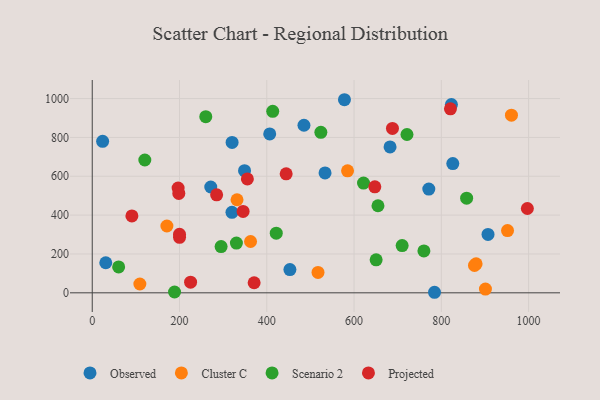
{"axis": {"x": "Price", "y": "Profit"}, "legend": ["Cluster C", "Observed", "Projected", "Scenario 2"], "data": [{"x": "271.6", "y": 544.7, "type": "Observed"}, {"x": "907.0", "y": 300.8, "type": "Observed"}, {"x": "826.3", "y": 665.4, "type": "Observed"}, {"x": "320.2", "y": 414.6, "type": "Observed"}, {"x": "23.8", "y": 780.1, "type": "Observed"}, {"x": "823.1", "y": 969.0, "type": "Observed"}, {"x": "349.0", "y": 628.6, "type": "Observed"}, {"x": "578.0", "y": 994.0, "type": "Observed"}, {"x": "453.0", "y": 119.8, "type": "Observed"}, {"x": "31.0", "y": 154.8, "type": "Observed"}, {"x": "485.2", "y": 862.6, "type": "Observed"}, {"x": "771.3", "y": 533.8, "type": "Observed"}, {"x": "320.5", "y": 774.2, "type": "Observed"}, {"x": "682.5", "y": 750.9, "type": "Observed"}, {"x": "406.7", "y": 817.7, "type": "Observed"}, {"x": "533.5", "y": 617.4, "type": "Observed"}, {"x": "784.4", "y": 2.8, "type": "Observed"}, {"x": "879.7", "y": 149.1, "type": "Cluster C"}, {"x": "901.1", "y": 19.3, "type": "Cluster C"}, {"x": "109.1", "y": 45.4, "type": "Cluster C"}, {"x": "362.8", "y": 264.1, "type": "Cluster C"}, {"x": "331.8", "y": 479.2, "type": "Cluster C"}, {"x": "171.1", "y": 343.9, "type": "Cluster C"}, {"x": "876.0", "y": 140.8, "type": "Cluster C"}, {"x": "585.1", "y": 628.2, "type": "Cluster C"}, {"x": "951.7", "y": 320.6, "type": "Cluster C"}, {"x": "517.4", "y": 104.9, "type": "Cluster C"}, {"x": "960.7", "y": 914.3, "type": "Cluster C"}, {"x": "858.0", "y": 487.2, "type": "Scenario 2"}, {"x": "260.2", "y": 907.0, "type": "Scenario 2"}, {"x": "295.3", "y": 238.0, "type": "Scenario 2"}, {"x": "421.7", "y": 307.0, "type": "Scenario 2"}, {"x": "710.2", "y": 243.4, "type": "Scenario 2"}, {"x": "654.8", "y": 448.2, "type": "Scenario 2"}, {"x": "721.3", "y": 815.0, "type": "Scenario 2"}, {"x": "760.1", "y": 215.8, "type": "Scenario 2"}, {"x": "120.5", "y": 683.7, "type": "Scenario 2"}, {"x": "523.9", "y": 826.3, "type": "Scenario 2"}, {"x": "650.6", "y": 170.0, "type": "Scenario 2"}, {"x": "330.4", "y": 256.1, "type": "Scenario 2"}, {"x": "413.6", "y": 934.4, "type": "Scenario 2"}, {"x": "60.5", "y": 133.1, "type": "Scenario 2"}, {"x": "188.6", "y": 4.1, "type": "Scenario 2"}, {"x": "621.7", "y": 564.7, "type": "Scenario 2"}, {"x": "997.2", "y": 434.1, "type": "Projected"}, {"x": "90.9", "y": 395.9, "type": "Projected"}, {"x": "688.0", "y": 846.5, "type": "Projected"}, {"x": "345.7", "y": 419.1, "type": "Projected"}, {"x": "196.8", "y": 539.2, "type": "Projected"}, {"x": "285.1", "y": 504.6, "type": "Projected"}, {"x": "225.4", "y": 54.7, "type": "Projected"}, {"x": "444.4", "y": 612.8, "type": "Projected"}, {"x": "200.1", "y": 285.8, "type": "Projected"}, {"x": "647.6", "y": 545.6, "type": "Projected"}, {"x": "371.0", "y": 51.9, "type": "Projected"}, {"x": "200.0", "y": 301.3, "type": "Projected"}, {"x": "198.4", "y": 511.6, "type": "Projected"}, {"x": "355.5", "y": 586.1, "type": "Projected"}, {"x": "820.9", "y": 947.4, "type": "Projected"}]}